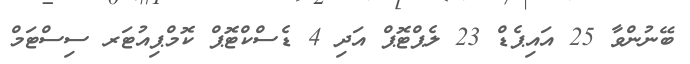
ބޭނުންވާ 25 އައިޕެޑް 23 ލެޕްޓޮޕް އަދި 4 ޑެސްކްޓޮޕް ކޮމްޕިއުޓަރ ސިސްޓަމް